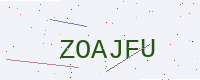
Text: ZOAJFU